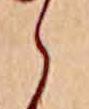
ら